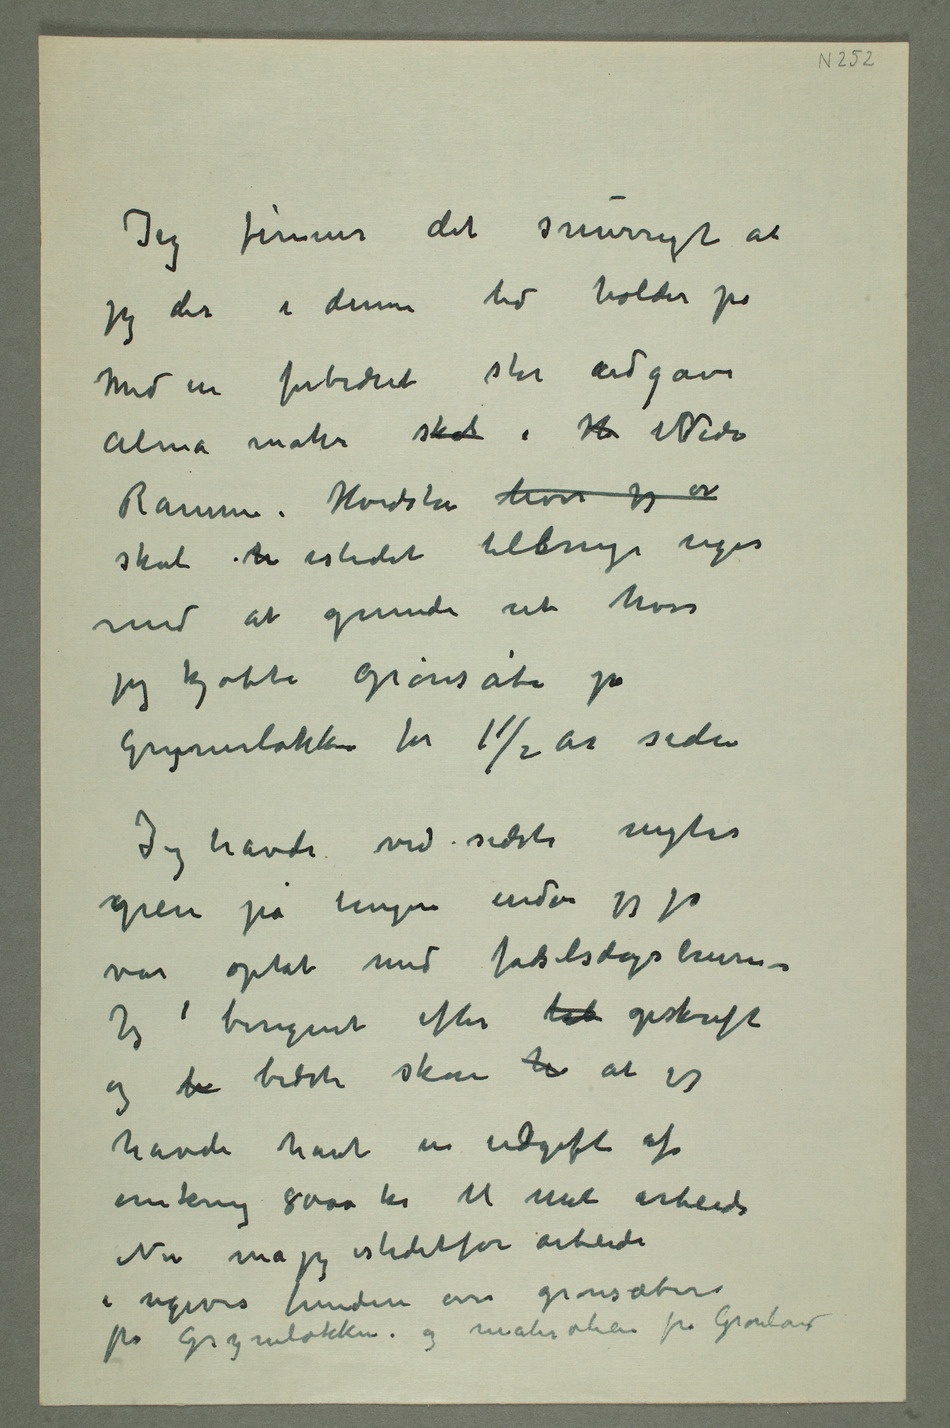
Jeg finner det snurrigt at
jeg der i denne tid holder på
med en forbedret stor udgave
Alma mater skal i H RNedre
Ramme, Hvidsten hvor jeg er
skal ti istedet tilbringe uger
med at grunde ud hvor
jeg kjøbte grønsåbe på
Grynerløkken for 1	½ år siden
Jeg havde ved sidste nytår
greie på tingene enda jeg jo
var optat med fødselsdagsbreve –
Jeg  beregnet efter  opskrift
og be bedste skøn h at jeg
havde havt en udgift af
omkring 8000 kr til mit arbeide
Nu må jeg istedetfor arbeide
i ugevisfundere over grønsæben
fra Grynerløkken og malerolien fra Grønland